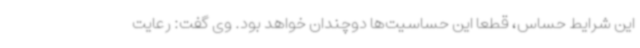
این شرایط حساس، قطعاً این حساسیت‌ها دوچندان خواهد بود. وی گفت: رعایت